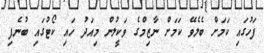
ފަހުގައި ކަމަށް ބެލެވޭ ކަމަށް ނާޒިމްގެ ވަކީލުން މިއަދު ހައި ކޯޓުގައި ބުނެފި